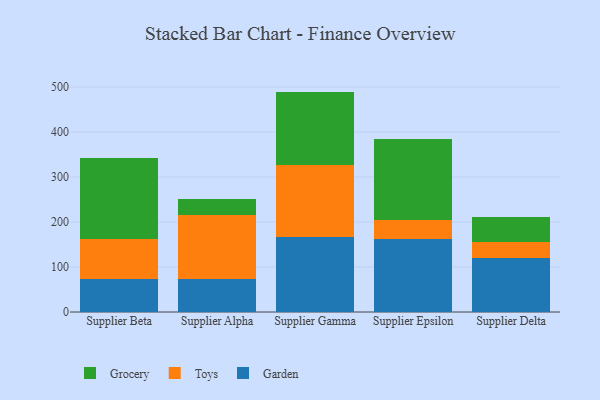
{"axis": {"x": "Supplier", "y": "LTV (USD)"}, "legend": ["Garden", "Grocery", "Toys"], "data": [{"x": "Supplier Beta", "y": 72.3, "type": "Garden"}, {"x": "Supplier Beta", "y": 89.6, "type": "Toys"}, {"x": "Supplier Beta", "y": 179.6, "type": "Grocery"}, {"x": "Supplier Alpha", "y": 74.4, "type": "Garden"}, {"x": "Supplier Alpha", "y": 140.8, "type": "Toys"}, {"x": "Supplier Alpha", "y": 37.0, "type": "Grocery"}, {"x": "Supplier Gamma", "y": 166.1, "type": "Garden"}, {"x": "Supplier Gamma", "y": 160.9, "type": "Toys"}, {"x": "Supplier Gamma", "y": 162.8, "type": "Grocery"}, {"x": "Supplier Epsilon", "y": 162.7, "type": "Garden"}, {"x": "Supplier Epsilon", "y": 42.2, "type": "Toys"}, {"x": "Supplier Epsilon", "y": 179.5, "type": "Grocery"}, {"x": "Supplier Delta", "y": 119.8, "type": "Garden"}, {"x": "Supplier Delta", "y": 36.5, "type": "Toys"}, {"x": "Supplier Delta", "y": 54.0, "type": "Grocery"}]}